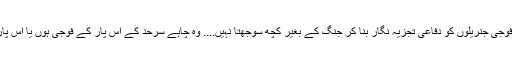
سابق فوجی جنریلوں کو دفاعی تجزیہ نگار بنا کر جنگ کے بغیر کچھ سوجھتا نہیں.... وہ چاہے سرحد کے اس پار کے فوجی ہوں یا اس پار کے۔